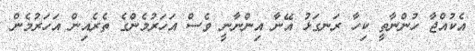
އެކުއްޖާ ހުންނާތީ ކިހާ ރަނގަޅު އޭނާ އިންނާނީ ވެސް އަހަރުމެންގެ ތެރެއިން އަހަރުމެން